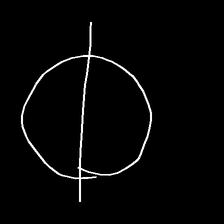
Glyph: orb